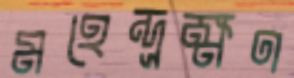
মহেন্দ্রক্ষণ